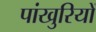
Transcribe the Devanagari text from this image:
पांखुरियों